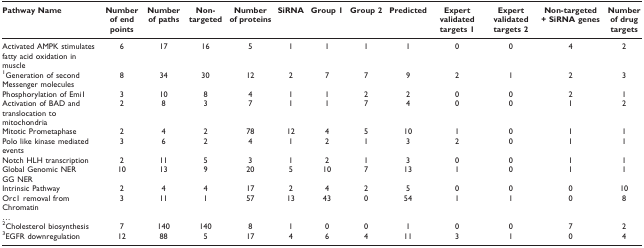
| Pathway Name | Number of end points | Number of paths | Non-targeted | Number of proteins | SiRNA | Group 1 | Group 2 | Predicted | Expert validated targets 1 | Expert validated targets 2 | Non-targeted+ SiRNA genes | Number of drug targets |
 | --- | --- | --- | --- | --- | --- | --- | --- | --- | --- | --- | --- | --- |
 | Activated AMPK stimulates fatty acid oxidation in muscle | 6 | 17 | 16 | 5 | 1 | 1 | 1 | 1 | 0 | 0 | 4 | 2 |
 | 1Generation of secondMessenger molecules | 8 | 34 | 30 | 12 | 2 | 7 | 7 | 9 | 2 | 1 | 2 | 3 |
 | Phosphorylation of Emi1 | 3 | 10 | 8 | 4 | 1 | 1 | 2 | 2 | 0 | 0 | 2 | 1 |
 | Activation of BAD andtranslocation to mitochondria | 2 | 8 | 3 | 7 | 1 | 1 | 7 | 4 | 0 | 0 | 1 | 2 |
 | Mitotic Prometaphase | 2 | 4 | 2 | 78 | 12 | 4 | 5 | 10 | 1 | 0 | 1 | 1 |
 | Polo like kinase mediated events | 3 | 6 | 2 | 4 | 1 | 2 | 1 | 3 | 2 | 0 | 1 | 1 |
 | Notch HLH transcription | 2 | 11 | 5 | 3 | 1 | 2 | 1 | 3 | 0 | 0 | 1 | 1 |
 | Global Genomic NERGG NER | 10 | 13 | 9 | 20 | 5 | 10 | 7 | 13 | 1 | 0 | 1 | 1 |
 | Intrinsic Pathway | 2 | 4 | 4 | 17 | 2 | 4 | 2 | 5 | 0 | 0 | 0 | 10 |
 | Orc1 removal fromChromatin | 3 | 11 | 1 | 57 | 13 | 43 | 0 | 54 | 1 | 1 | 0 | 8 |
 | ... |  |  |  |  |  |  |  |  |  |  |  |  |
 | 2Cholesterol biosynthesis | 7 | 140 | 140 | 8 | 1 | 0 | 0 | 1 | 0 | 0 | 7 | 2 |
 | 3EGFR downregulation | 12 | 88 | 5 | 17 | 4 | 6 | 4 | 11 | 3 | 1 | 0 | 4 |